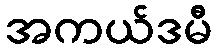
အကယ်ဒမီ